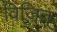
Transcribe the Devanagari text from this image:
विज़ित्